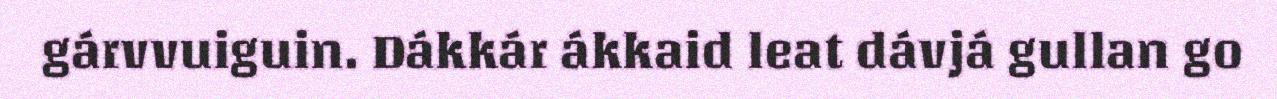
gárvvuiguin. Dákkár ákkaid leat dávjá gullan go